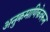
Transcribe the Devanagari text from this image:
अनुक्रमाणिकेवरून